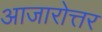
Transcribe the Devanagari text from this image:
आजारोत्तर